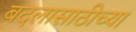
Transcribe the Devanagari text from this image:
बदलासाठीच्या